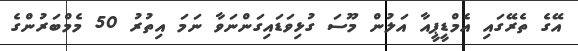
އޭގެ ތެރޭގައި އެމްޑީޕީއާ އަލުން މޫސަ ގުޅިވަޑައިގަންނަވާ ނަމަ އިތުރު 50 މެމްބަރުންގެ